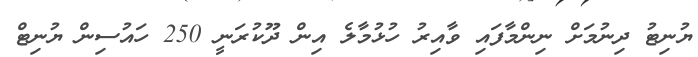
ޔުނިޓު ދިނުމަށް ނިންމާފައި ވާއިރު ހުޅުމާލެ އިން ދޫކުރަނީ 250 ހައުސިން ޔުނިޓް